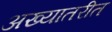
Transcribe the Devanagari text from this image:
अख्यातरीत